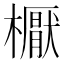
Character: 𣝓